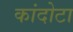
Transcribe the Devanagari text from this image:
कांदोटा